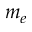
m _ { e }